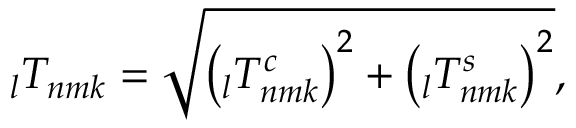
\phantom { } _ { l } T _ { n m k } = \sqrt { \left( \phantom { } _ { l } T _ { n m k } ^ { c } \right) ^ { 2 } + \left( \phantom { } _ { l } T _ { n m k } ^ { s } \right) ^ { 2 } } ,